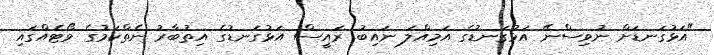
"އަޅުގަނޑަށް ނުވިސްނޭ އަޅުގަނޑުގެ އަމިއްލަ ނައިބު ރައީސް އަޅުގަނޑުގެ އިތުބާރު ނެތްކަމުގެ ވޯޓެއްގައި